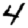
Digit: 4